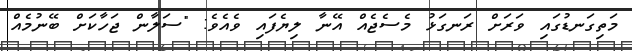
މަތިގަނޑުގައި ވަރަށް ރަނގަޅު މެސެޖެއް އޭނާ ލިޔެފައި ވެއެވެ: "ސަލާން ޖަހާކަށް ބޭނުމެއް